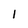
Character: 1